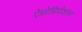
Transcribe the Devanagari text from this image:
ऐप्रोप्रियेशन